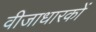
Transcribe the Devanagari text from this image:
वीजाधारकों